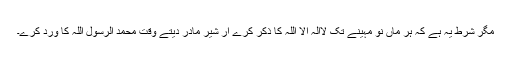
مگر شرط یہ ہے کہ ہر ماں نو مہینے تک لاالہ الا اللہ کا ذکر کرے ار شیر مادر دیتے وقت محمد الرسول اللہ کا ورد کرے۔